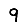
Digit: 9